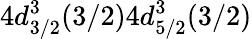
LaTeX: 4d_{3/2}^{3}(3/2)4d_{5/2}^{3}(3/2)